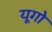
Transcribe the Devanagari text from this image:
यूगो